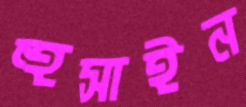
হুসাইন